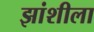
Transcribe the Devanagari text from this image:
झांशीला